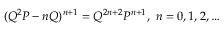
( Q ^ { 2 } P - n Q ) ^ { n + 1 } = Q ^ { 2 n + 2 } P ^ { n + 1 } , \ n = 0 , 1 , 2 , \ldots